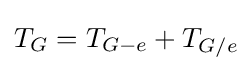
T_{G}=T_{G-e}+T_{G/e}